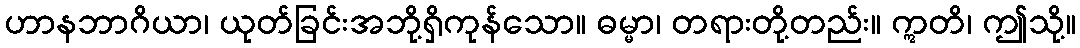
ဟာနဘာဂိယာ၊ ယုတ်ခြင်းအဘို့ရှိကုန်သော။ ဓမ္မာ၊ တရားတို့တည်း။ ဣတိ၊ ဤသို့။